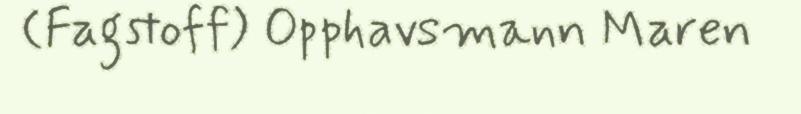
(Fagstoff) Opphavsmann Maren